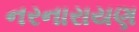
નરનારાયણ